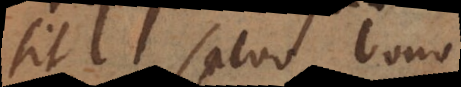
sit salvo bono